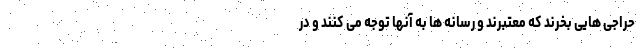
حراجی هایی بخرند که معتبرند و رسانه ها به آنها توجه می کنند و در